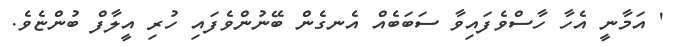
' އަމާނީ އެހާ ހާސްވެފައިވާ ސަބަބެއް އެނގެން ބޭނުންވެފައި ހުރި އީލާފް ބުންޏެވެ.